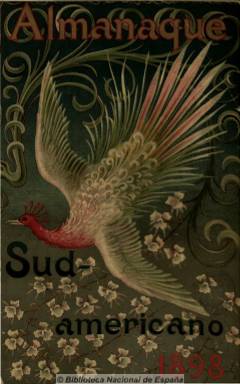
Título: Almanaque sud-americano
Otros títulos: Almanaque sudamericano
Colección: Almanaques || Literatura
Ámbito geográfico: Argentina
Lugar de publicación: Buenos Aires
Fechas: 01/01/1898-31/12/1900

Anuario de carácter artístico y literario. Editado por Ramón Espasa e impreso en el establecimiento tipográfico de éste en Barcelona, tuvo gran acogida en Argentina, en donde vivía su director, el emigrado escritor y periodista español Casimiro Prieto Valdés (1847-1906), llegando a ser conocida esta publicación como “Almanaque Prieto”. Debió comenzar a editarse en 1876 y desaparecer, tras 26 años de publicación ininterrumpida, con el fallecimiento de Prieto. Bellamente ilustrado, sus contenidos son en su mayor parte de creación literaria, poética, narrativa y teatral. Está considerado como el decano de los almanaques artístico-literarios argentinos y tuvo una clara tendencia hacia la estética modernista.

También publicó estudios y crítica literaria, cultural y biográfica, así como partituras musicales. Se dan cita en el tanto firmas de escritores hispanoaméricanos como de españoles, entre estas las de Jacinto Benavente, Ramón de Campoamor, Federico Chueca, José Echegaray, Salvador Rueda, Emilia Pardo Bazán, Emilio Castelar o Gaspar Núñez de Arce, así como Antonio Atienza Medrano o Rubén Darío.

Además de las fotografías de escritores, actrices, tipos costumbristas, paisajes, obras pictóricas, etc., también publicó viñetas, dibujos y obras de artistas, como X. Xauradó o Apeles Mestres.

Con una portada de una ilustración a color, y con más de dos centenares de páginas por número, incluye al principio de cada volumen índices de autores e ilustradores.